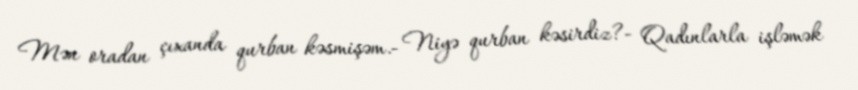
Mən oradan çıxanda qurban kəsmişəm.- Niyə qurban kəsirdiz?- Qadınlarla işləmək